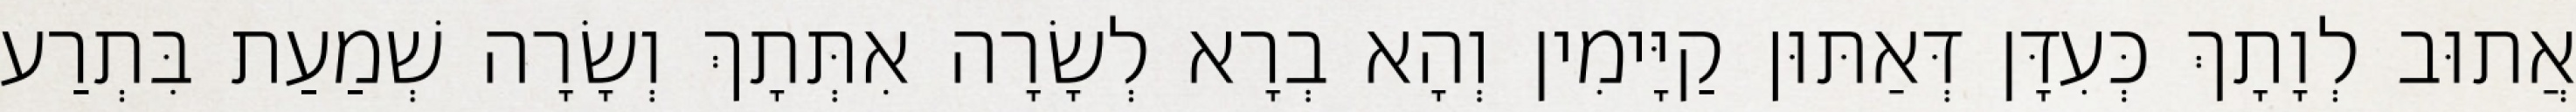
אֲתוּב לְוָתָךְ כְּעִדָּן דְּאַתּוּן קַיָּימִין וְהָא בְרָא לְשָׂרָה אִתְּתָךְ וְשָׂרָה שְׁמַעַת בִּתְרַע